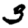
Digit: 3